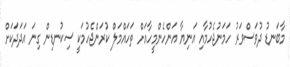
މާބަނޑު ދުވަސްވަރު ހަމަނުޖެހުމާއި އަނިޔާ އަންހެންމީހާއަށް ތަހައްމަލް ކުރަންޖެހުމަކީ ސިކުނޑިން ގިނަ އަދަދަކަށް